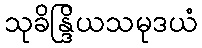
သုခိန္ဒြိယသမုဒယံ